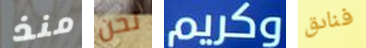
منذ نحن وكريم فنادق